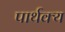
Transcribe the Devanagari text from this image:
पार्थक्‍य